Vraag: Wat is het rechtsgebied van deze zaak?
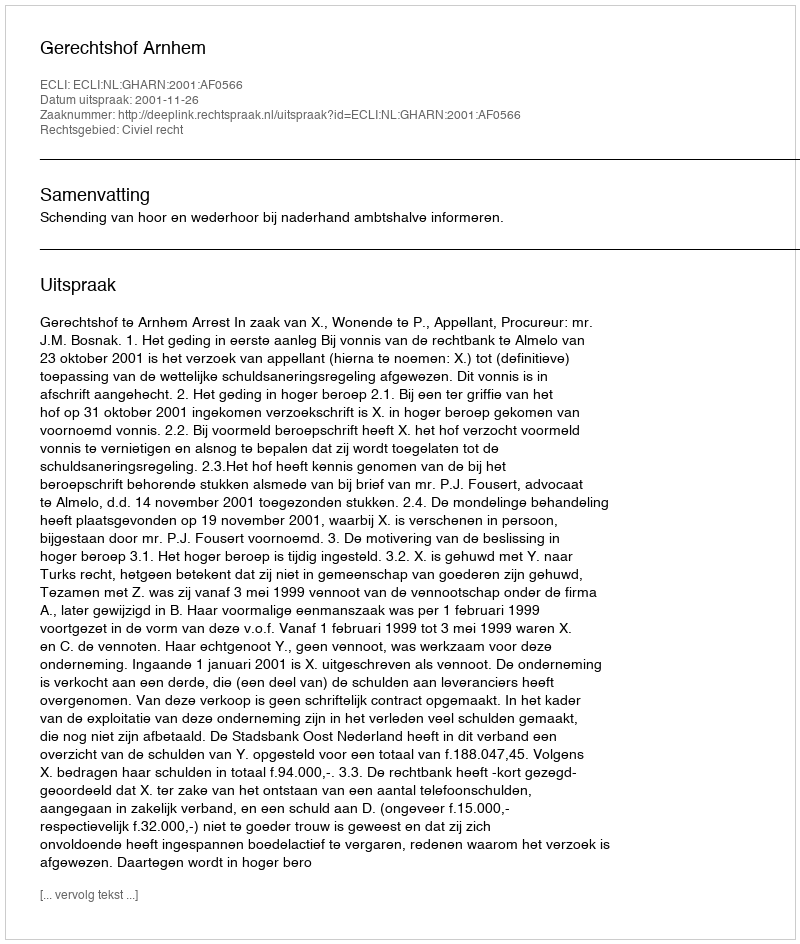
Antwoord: Civiel recht